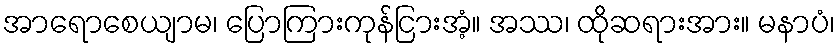
အာရောစေယျာမ၊ ပြောကြားကုန်ငြားအံ့။ အဿ၊ ထိုဆရားအား။ မနာပံ၊